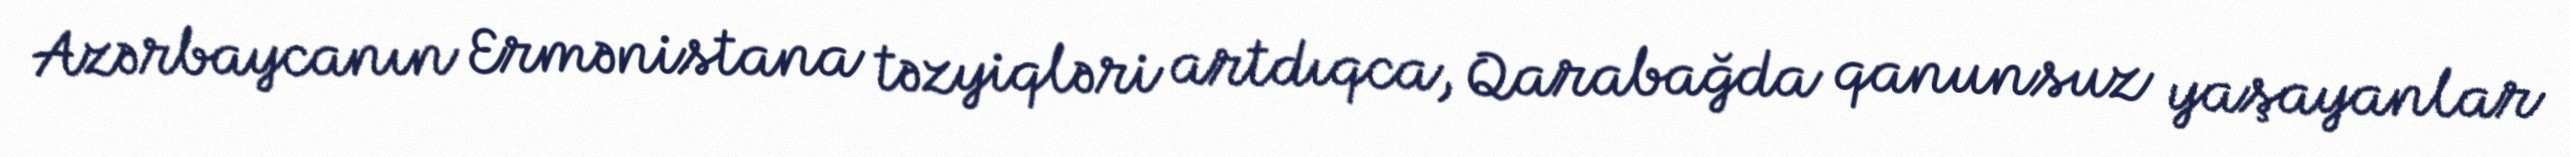
Azərbaycanın Ermənistana təzyiqləri artdıqca, Qarabağda qanunsuz yaşayanlar